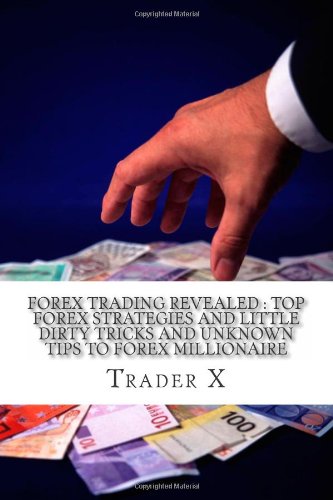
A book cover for Forex Trading Revealed : Top Forex Strategies And Little Dirty Tricks And Unknown Tips To Forex Millionaire: Bust The Losing Cycle, Live Anywhere, Join The New Rich; Trader X; Business & Money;